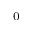
_ 0